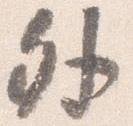
外